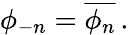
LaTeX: \phi_{-n}={\overline{{\phi_{n}}}}\, .